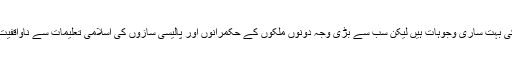
اس کی بہت ساری وجوہات ہیں لیکن سب سے بڑی وجہ دونوں ملکوں کے حکمرانوں اور پالیسی سازوں کی اسلامی تعلیمات سے ناواقفیت ہے۔